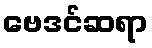
ဗေဒင်ဆရာ